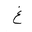
Letter: _gayn